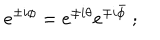
e ^ { \pm i \phi } = e ^ { \pm i \theta } e ^ { \mp i \bar { \phi } } ~ ;